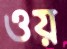
ওয়